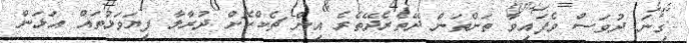
ގިނަ ދުވަސް ވެފައިވާ ތަންތަން ދޭތެރެދޭތެރެ އިން ޗެކްކޮށް ދުރާލާ ފިޔަވަޅުތައް އަޅަން